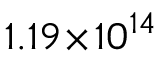
1 . 1 9 \! \times \! 1 0 ^ { 1 4 }